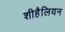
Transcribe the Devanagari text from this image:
शीहैलियन